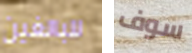
للبالغين سوف